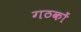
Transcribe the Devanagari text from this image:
गठकों